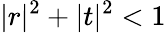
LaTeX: |r|^{2}+|t|^{2}<1